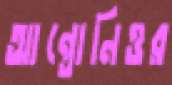
আন্তোনিওর